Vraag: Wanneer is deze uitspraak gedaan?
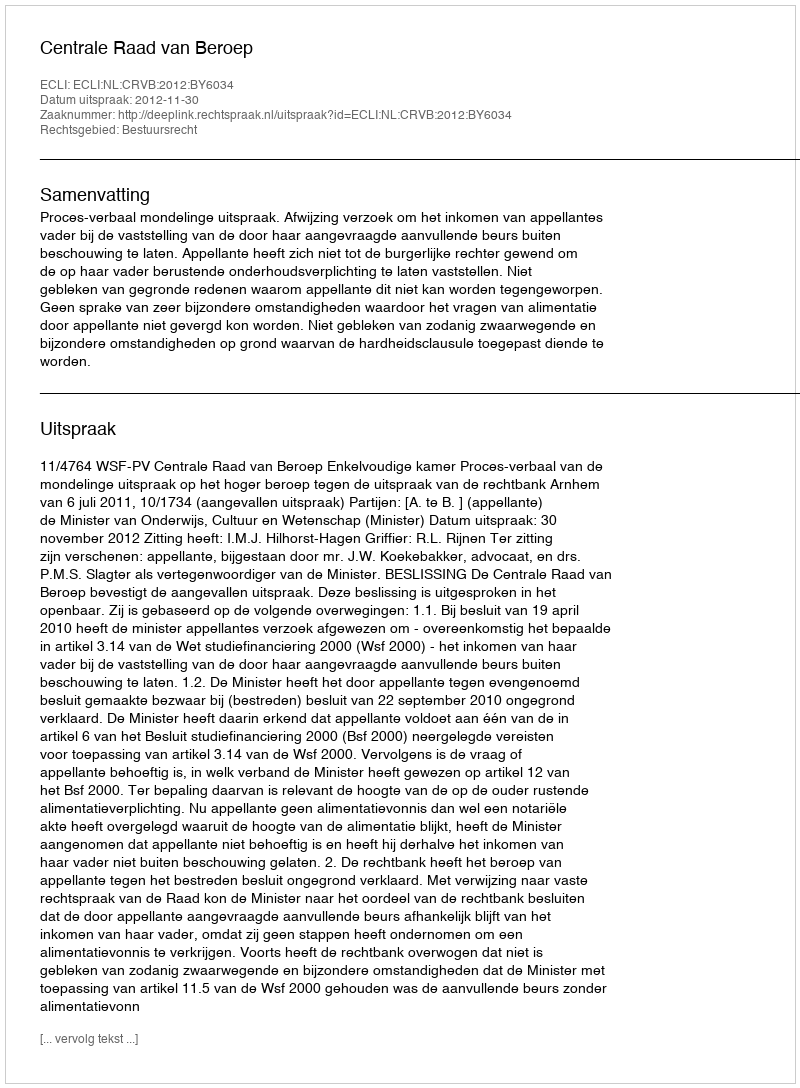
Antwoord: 2012-11-30